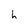
Character: h